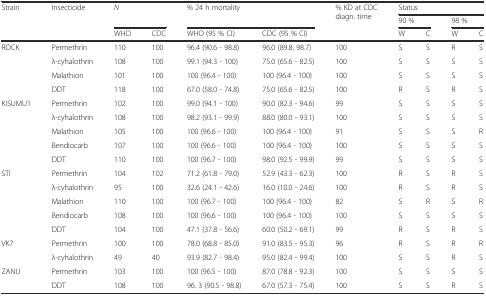
<table><thead><tr><td rowspan="2"><b>Strain</b></td><td rowspan="2"><b>Insecticide</b></td><td rowspan="2" colspan="2"><b><i>N</i></b></td><td rowspan="2" colspan="2"><b>% 24 h mortality</b></td><td rowspan="2"><b>% KD at CDC diagn. time</b></td><td colspan="4"><b>Status</b></td></tr><tr><td colspan="2"><b>90 %</b></td><td colspan="2"><b>98 %</b></td></tr><tr><td></td><td></td><td><b>WHO</b></td><td><b>CDC</b></td><td><b>WHO (95 % CI)</b></td><td><b>CDC (95 % CI)</b></td><td></td><td><b>W</b></td><td><b>C</b></td><td><b>W</b></td><td><b>C</b></td></tr></thead><tbody><tr><td rowspan="4">ROCK</td><td>Permethrin</td><td>110</td><td>100</td><td>96.4 (90.6 - 98.8)</td><td>96.0 (89.8, 98.7)</td><td>100</td><td>S</td><td>S</td><td>R</td><td>S</td></tr><tr><td>λ-cyhalothrin</td><td>108</td><td>100</td><td>99.1 (94.3 - 100)</td><td>75.0 (65.6 - 82.5)</td><td>100</td><td>S</td><td>S</td><td>S</td><td>S</td></tr><tr><td>Malathion</td><td>101</td><td>100</td><td>100 (96.4 - 100)</td><td>100 (96.4 - 100)</td><td>100</td><td>S</td><td>S</td><td>S</td><td>S</td></tr><tr><td>DDT</td><td>118</td><td>100</td><td>67.0 (58.0 - 74.8)</td><td>75.0 (65.6 - 82.5)</td><td>100</td><td>R</td><td>S</td><td>R</td><td>S</td></tr><tr><td rowspan="5">KISUMU1</td><td>Permethrin</td><td>102</td><td>100</td><td>99.0 (94.1 - 100)</td><td>90.0 (82.3 - 94.6)</td><td>99</td><td>S</td><td>S</td><td>S</td><td>S</td></tr><tr><td>λ-cyhalothrin</td><td>108</td><td>100</td><td>98.2 (93.1 - 99.9)</td><td>88.0 (80.0 - 93.1)</td><td>100</td><td>S</td><td>S</td><td>S</td><td>S</td></tr><tr><td>Malathion</td><td>105</td><td>100</td><td>100 (96.6 - 100)</td><td>100 (96.4 - 100)</td><td>91</td><td>S</td><td>S</td><td>S</td><td>R</td></tr><tr><td>Bendiocarb</td><td>107</td><td>100</td><td>100 (96.6 - 100)</td><td>100 (96.4 - 100)</td><td>100</td><td>S</td><td>S</td><td>S</td><td>S</td></tr><tr><td>DDT</td><td>110</td><td>100</td><td>100 (96.7 - 100)</td><td>98.0 (92.5 - 99.9)</td><td>99</td><td>S</td><td>S</td><td>S</td><td>S</td></tr><tr><td rowspan="5">STI</td><td>Permethrin</td><td>104</td><td>102</td><td>71.2 (61.8 - 79.0)</td><td>52.9 (43.3 - 62.3)</td><td>100</td><td>R</td><td>S</td><td>R</td><td>S</td></tr><tr><td>λ-cyhalothrin</td><td>95</td><td>100</td><td>32.6 (24.1 - 42.6)</td><td>16.0 (10.0 - 24.6)</td><td>100</td><td>R</td><td>S</td><td>R</td><td>S</td></tr><tr><td>Malathion</td><td>110</td><td>100</td><td>100 (96.7 - 100)</td><td>100 (96.4 - 100)</td><td>82</td><td>S</td><td>R</td><td>S</td><td>R</td></tr><tr><td>Bendiocarb</td><td>108</td><td>100</td><td>100 (96.6 - 100)</td><td>100 (96.4 - 100)</td><td>100</td><td>S</td><td>S</td><td>S</td><td>S</td></tr><tr><td>DDT</td><td>104</td><td>100</td><td>47.1 (37.8 - 56.6)</td><td>60.0 (50.2 - 69.1)</td><td>99</td><td>R</td><td>S</td><td>R</td><td>S</td></tr><tr><td rowspan="2">VK7</td><td>Permethrin</td><td>100</td><td>100</td><td>78.0 (68.8 - 85.0)</td><td>91.0 (83.5 - 95.3)</td><td>96</td><td>R</td><td>S</td><td>R</td><td>R</td></tr><tr><td>λ-cyhalothrin</td><td>49</td><td>40</td><td>93.9 (82.7 - 98.4)</td><td>95.0 (82.4 - 99.4)</td><td>100</td><td>S</td><td>S</td><td>R</td><td>S</td></tr><tr><td rowspan="2">ZANU</td><td>Permethrin</td><td>103</td><td>100</td><td>100 (96.5 - 100)</td><td>87.0 (78.8 - 92.3)</td><td>100</td><td>S</td><td>S</td><td>S</td><td>S</td></tr><tr><td>DDT</td><td>108</td><td>100</td><td>96. 3 (90.5 - 98.8)</td><td>67.0 (57.3 - 75.4)</td><td>100</td><td>S</td><td>S</td><td>R</td><td>S</td></tr></tbody></table>